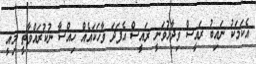
އެކަމަކު ނައިބު ރައީސް ވިދާޅުވަނީ ރައީސް އެފަދަ ވާހަކައެއް ހިއްސާ ނުކުރައްވާތީ މިއީ